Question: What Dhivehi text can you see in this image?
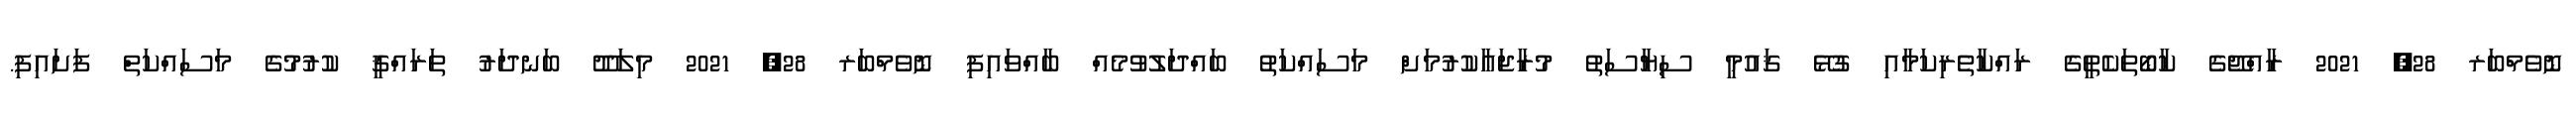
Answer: ނޮވެމްބަރ 28, 2021 ރާއްޖޭގެ ކާބޯތަކެތީގެ ރައްކާތެރިކަމާއި ގުޅޭ ޤައުމީ ސިޔާސަތު މުރާޖަޢާކުރުމަށް މަސައްކަތު ބައްދަލުވުމެއް ބާއްވައިފި ނޮވެމްބަރ 28, 2021 މިލަދޫ ބަނދަރު ތަރައްޤީ ކުރުމުގެ މަސައްކަތް ފަށައިފި.